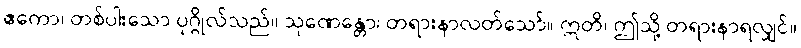
ဧကော၊ တစ်ပါးသော ပုဂ္ဂိုလ်သည်။ သုဏေန္တော၊ တရားနာလတ်သော်။ ဣတိ၊ ဤသို့ တရားနာရလျှင်။